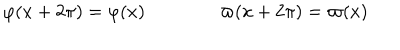
\varphi ( x + 2 \pi ) = \varphi ( x ) \qquad \qquad \varpi ( x + 2 \pi ) = \varpi ( x )